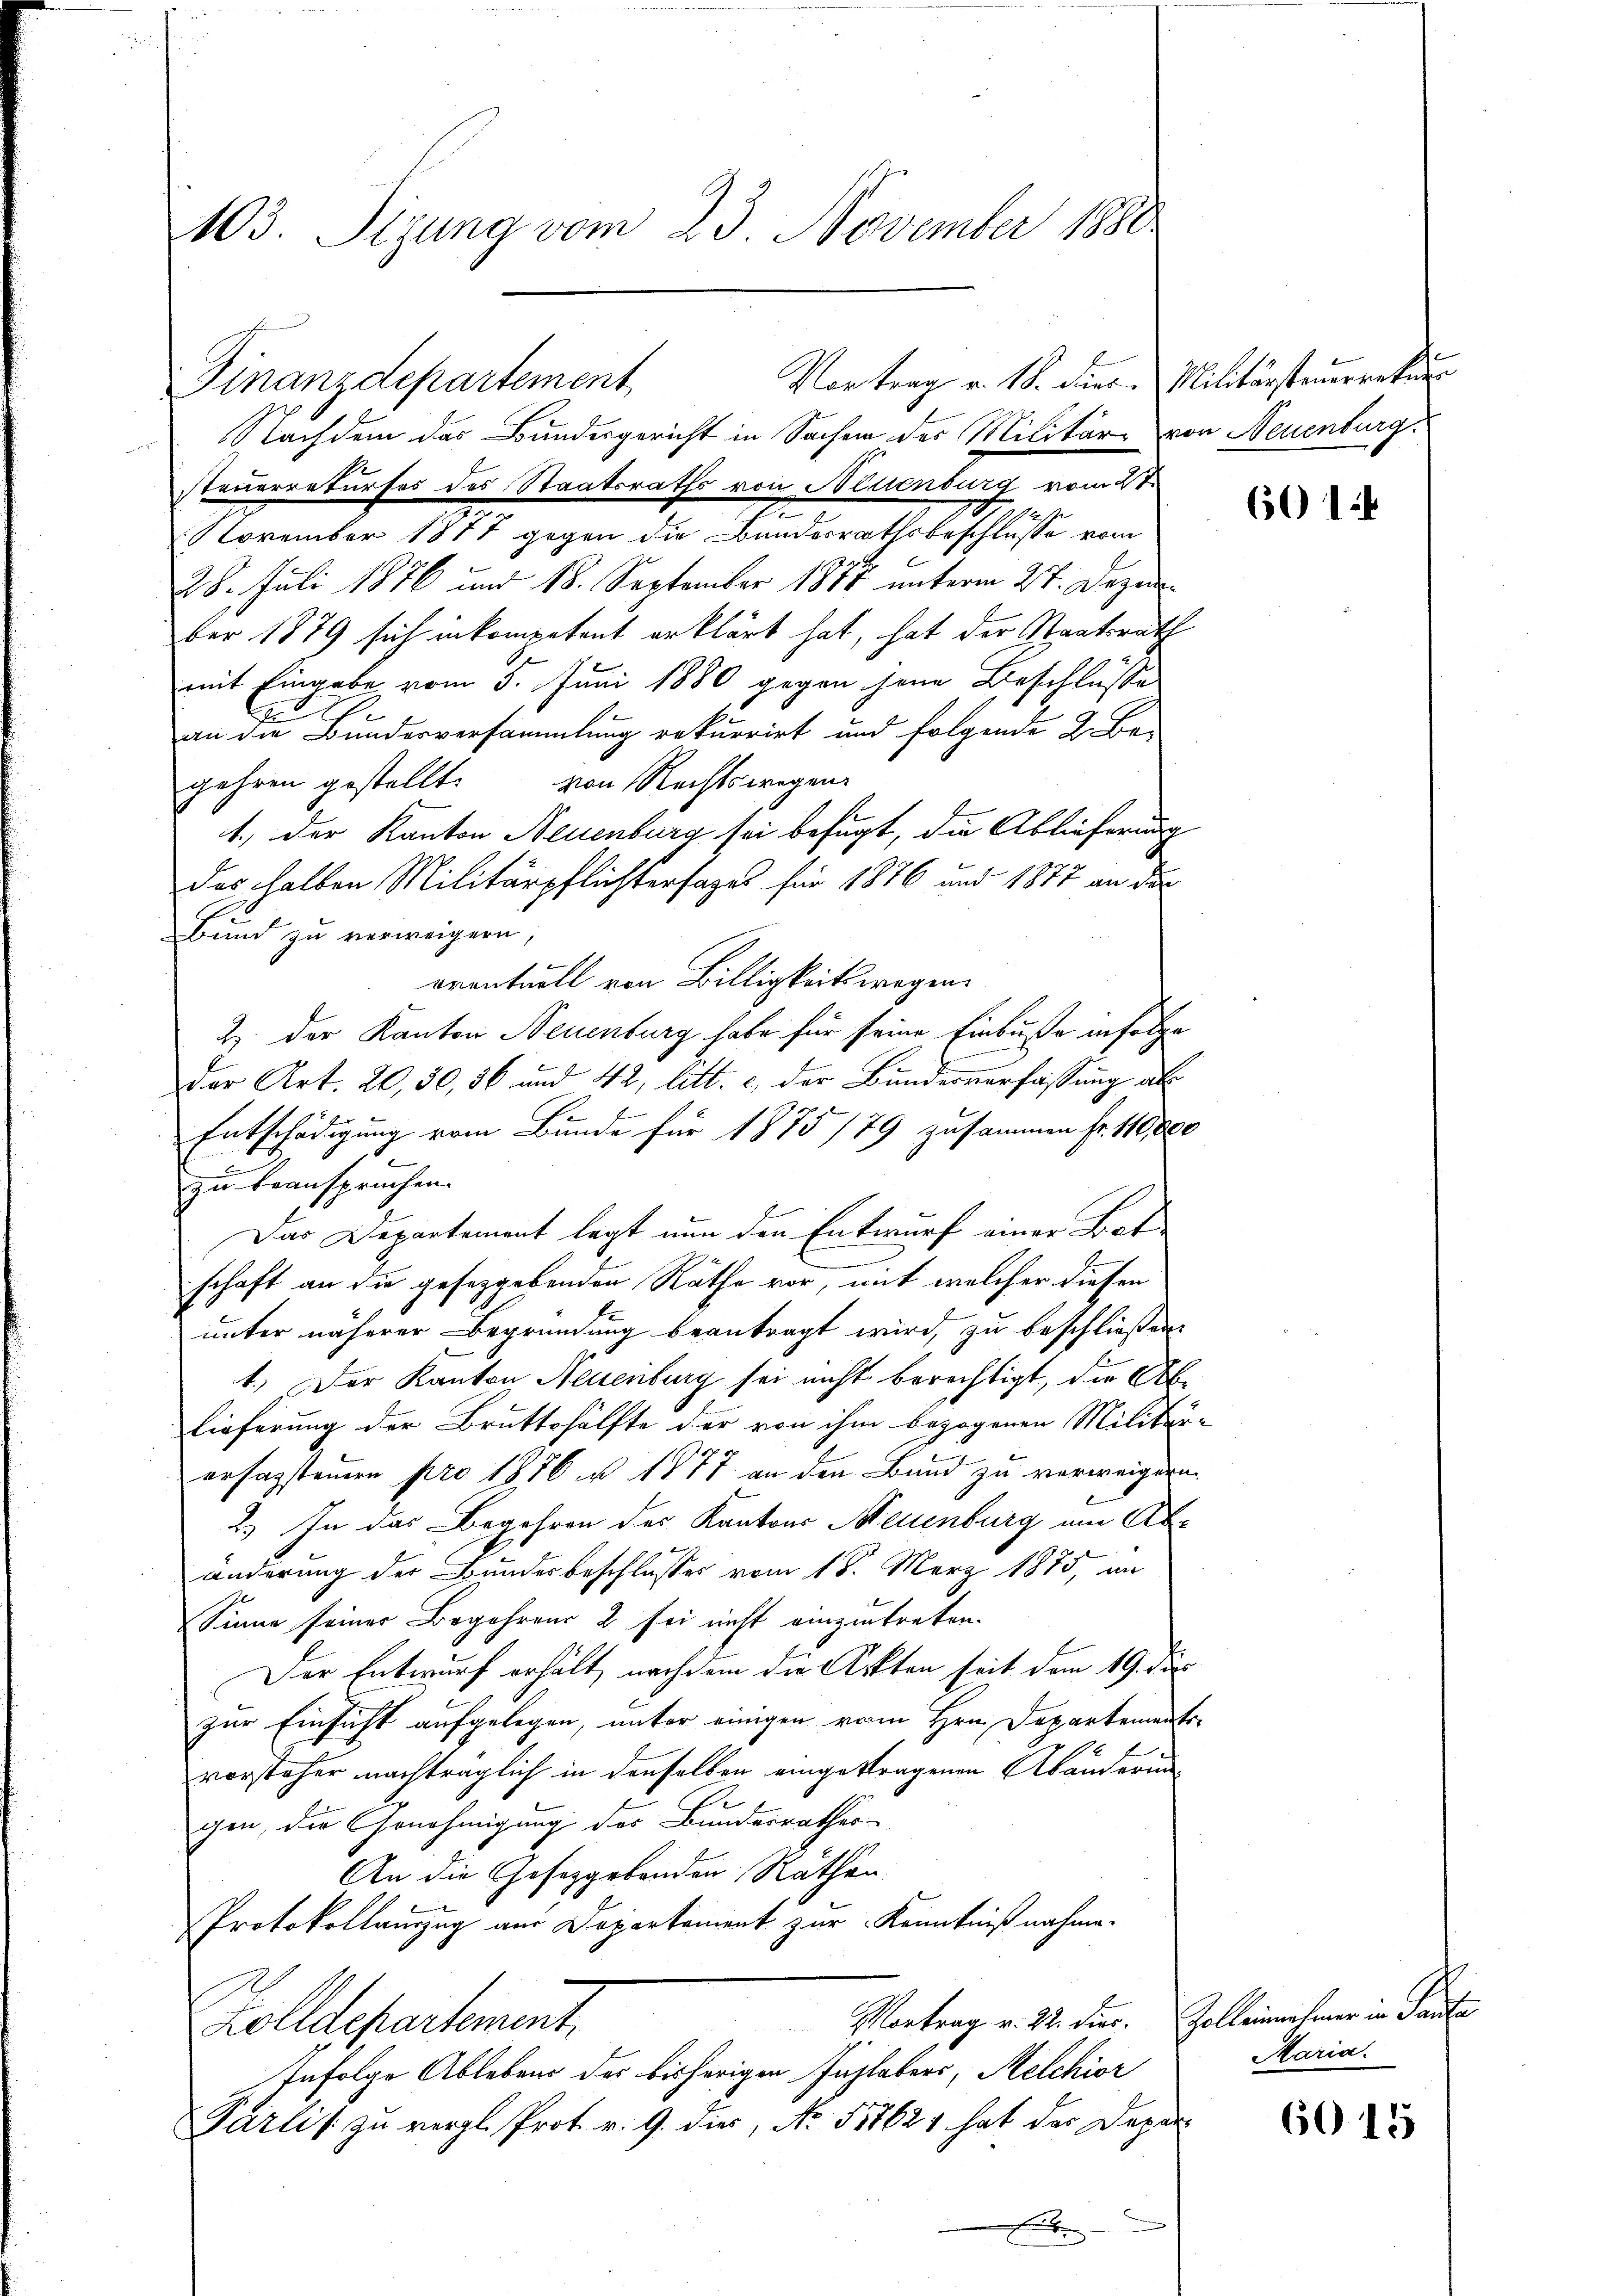
103. Sizung vom 23. November 1888

Vortrag v. 18. dies Militärsteuerrekur
Finanzdepartement

Nachdem das Bundesgericht in Sachen des Militär von Neuenburg
teuerrekurses des Staatsraths von Neuenburg vom 27.
November 1877 gegen die Bundesrathsbeschlüsse vom
28. Juli 1876 und 18. September 1888 unterm 27. Dezember 1879 sich inkompetent erklärt hat, hat der Staatsrath
mit Eingabe vom 5. Juni 1880 gegen jene Beschlüsse
C
an die Bundesversammlung rekurrirt und folgende 2. Be-
gehren gestellt. von Rechtswegen
1.) Der Kanton Neuenburg sei befugt, die Ablieferung
das halben Militärpflichtersages für 1876 und 1877 an der
Bund zu verweigern,
oventuell von Billigkeitswegen.
Z. der Kanton Neuenburg habe für seine Einbuße infolge
der Art. 20, 30, 36 und 42, litt. c, der Bundesverfassung als
Entschädigung vom Bunde für 1875 /79 zusammen fr. 110000
zu beanspruchen.
Das Departement legt nun den Entwurf einer Bot
schaft an die gesetzgebenden Räthe vor, mit welcher diesen
unter näherer Begründung beantragt wird, zu beschließen.
1.) Der Kanton Neuenburg sei nicht berechtigt, die Ab¬
Lieferung der Bruttshälfte der von ihm bezogenen Militär
ersagstenen pro 1856 u. 1877 an den Bund zu verweigern
2.) In das Begehren des Kantons Neuenburg am Ab-
änderung der Bundesbeschlusses vom 18. März 1875, an
Sinne seiner Begehrens 2 sei nicht einzutreten.
Der Entwurf erhält, nachdem die Akten seit dem 19. di
zur Einsicht aufgelegen, unter einigen vom Hrn. Departements
vorsteher nachträglich in denselben eingetragenen Abänderungen, die Genehmigung des Bundesrathes
An die Gesetzgebenden Räthen
Protokollauszug aus Departement zur Kenntnißnahme.
Vortrag v. 22. Dier. Zolleinehmer in Parte
Zolldepartement,
Infolge Ablebens des bisherigen Zuplaters, Melchior
Parlis zu vergl. Prot. v. 9. dies, No. 51862 hat der Depar-
.

601

Maria.

6015